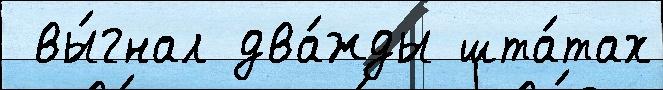
 вы́гнал два́жды шта́тах